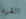
القرد